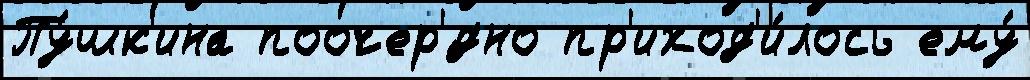
Пу́шк'ина поочер'́дно пр'иход'и́лось ему́